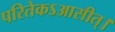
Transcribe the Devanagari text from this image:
परितेकऽआसीत्।